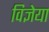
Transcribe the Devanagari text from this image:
विज्ञेया